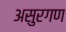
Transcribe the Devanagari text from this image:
असुरगण